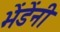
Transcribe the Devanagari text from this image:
भेंडेंनी